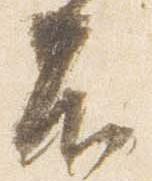
不